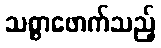
သစ္စာဖောက်သည့်